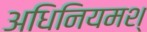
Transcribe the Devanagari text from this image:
अधिनियमश्